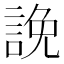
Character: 𧨕